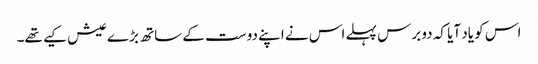
اس کو یاد آیا کہ دو برس پہلے اس نے اپنے دوست کے ساتھ بڑے عیش کیے تھے۔